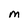
Character: M